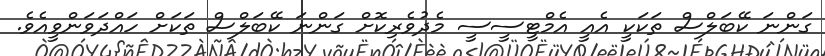
ގަންނަ ކޭބަލްސް ތަކަކީ އެއީ އެމްޓީސީސީ މެދުވެރިކޮށް ގަންނަ ކޭބަލްސް ތަކަށް ހައްދަވަންވީއެވެ.